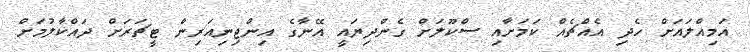
އަމިއްލައަށް ހެދި އެއްޗެއް ކަމަށާއި ސްކޫލަށް ގެންދިޔައީ އޭނާގެ އިންޖިނިއަރިން ޓީޗަރަށް ދައްކާލުމަށް